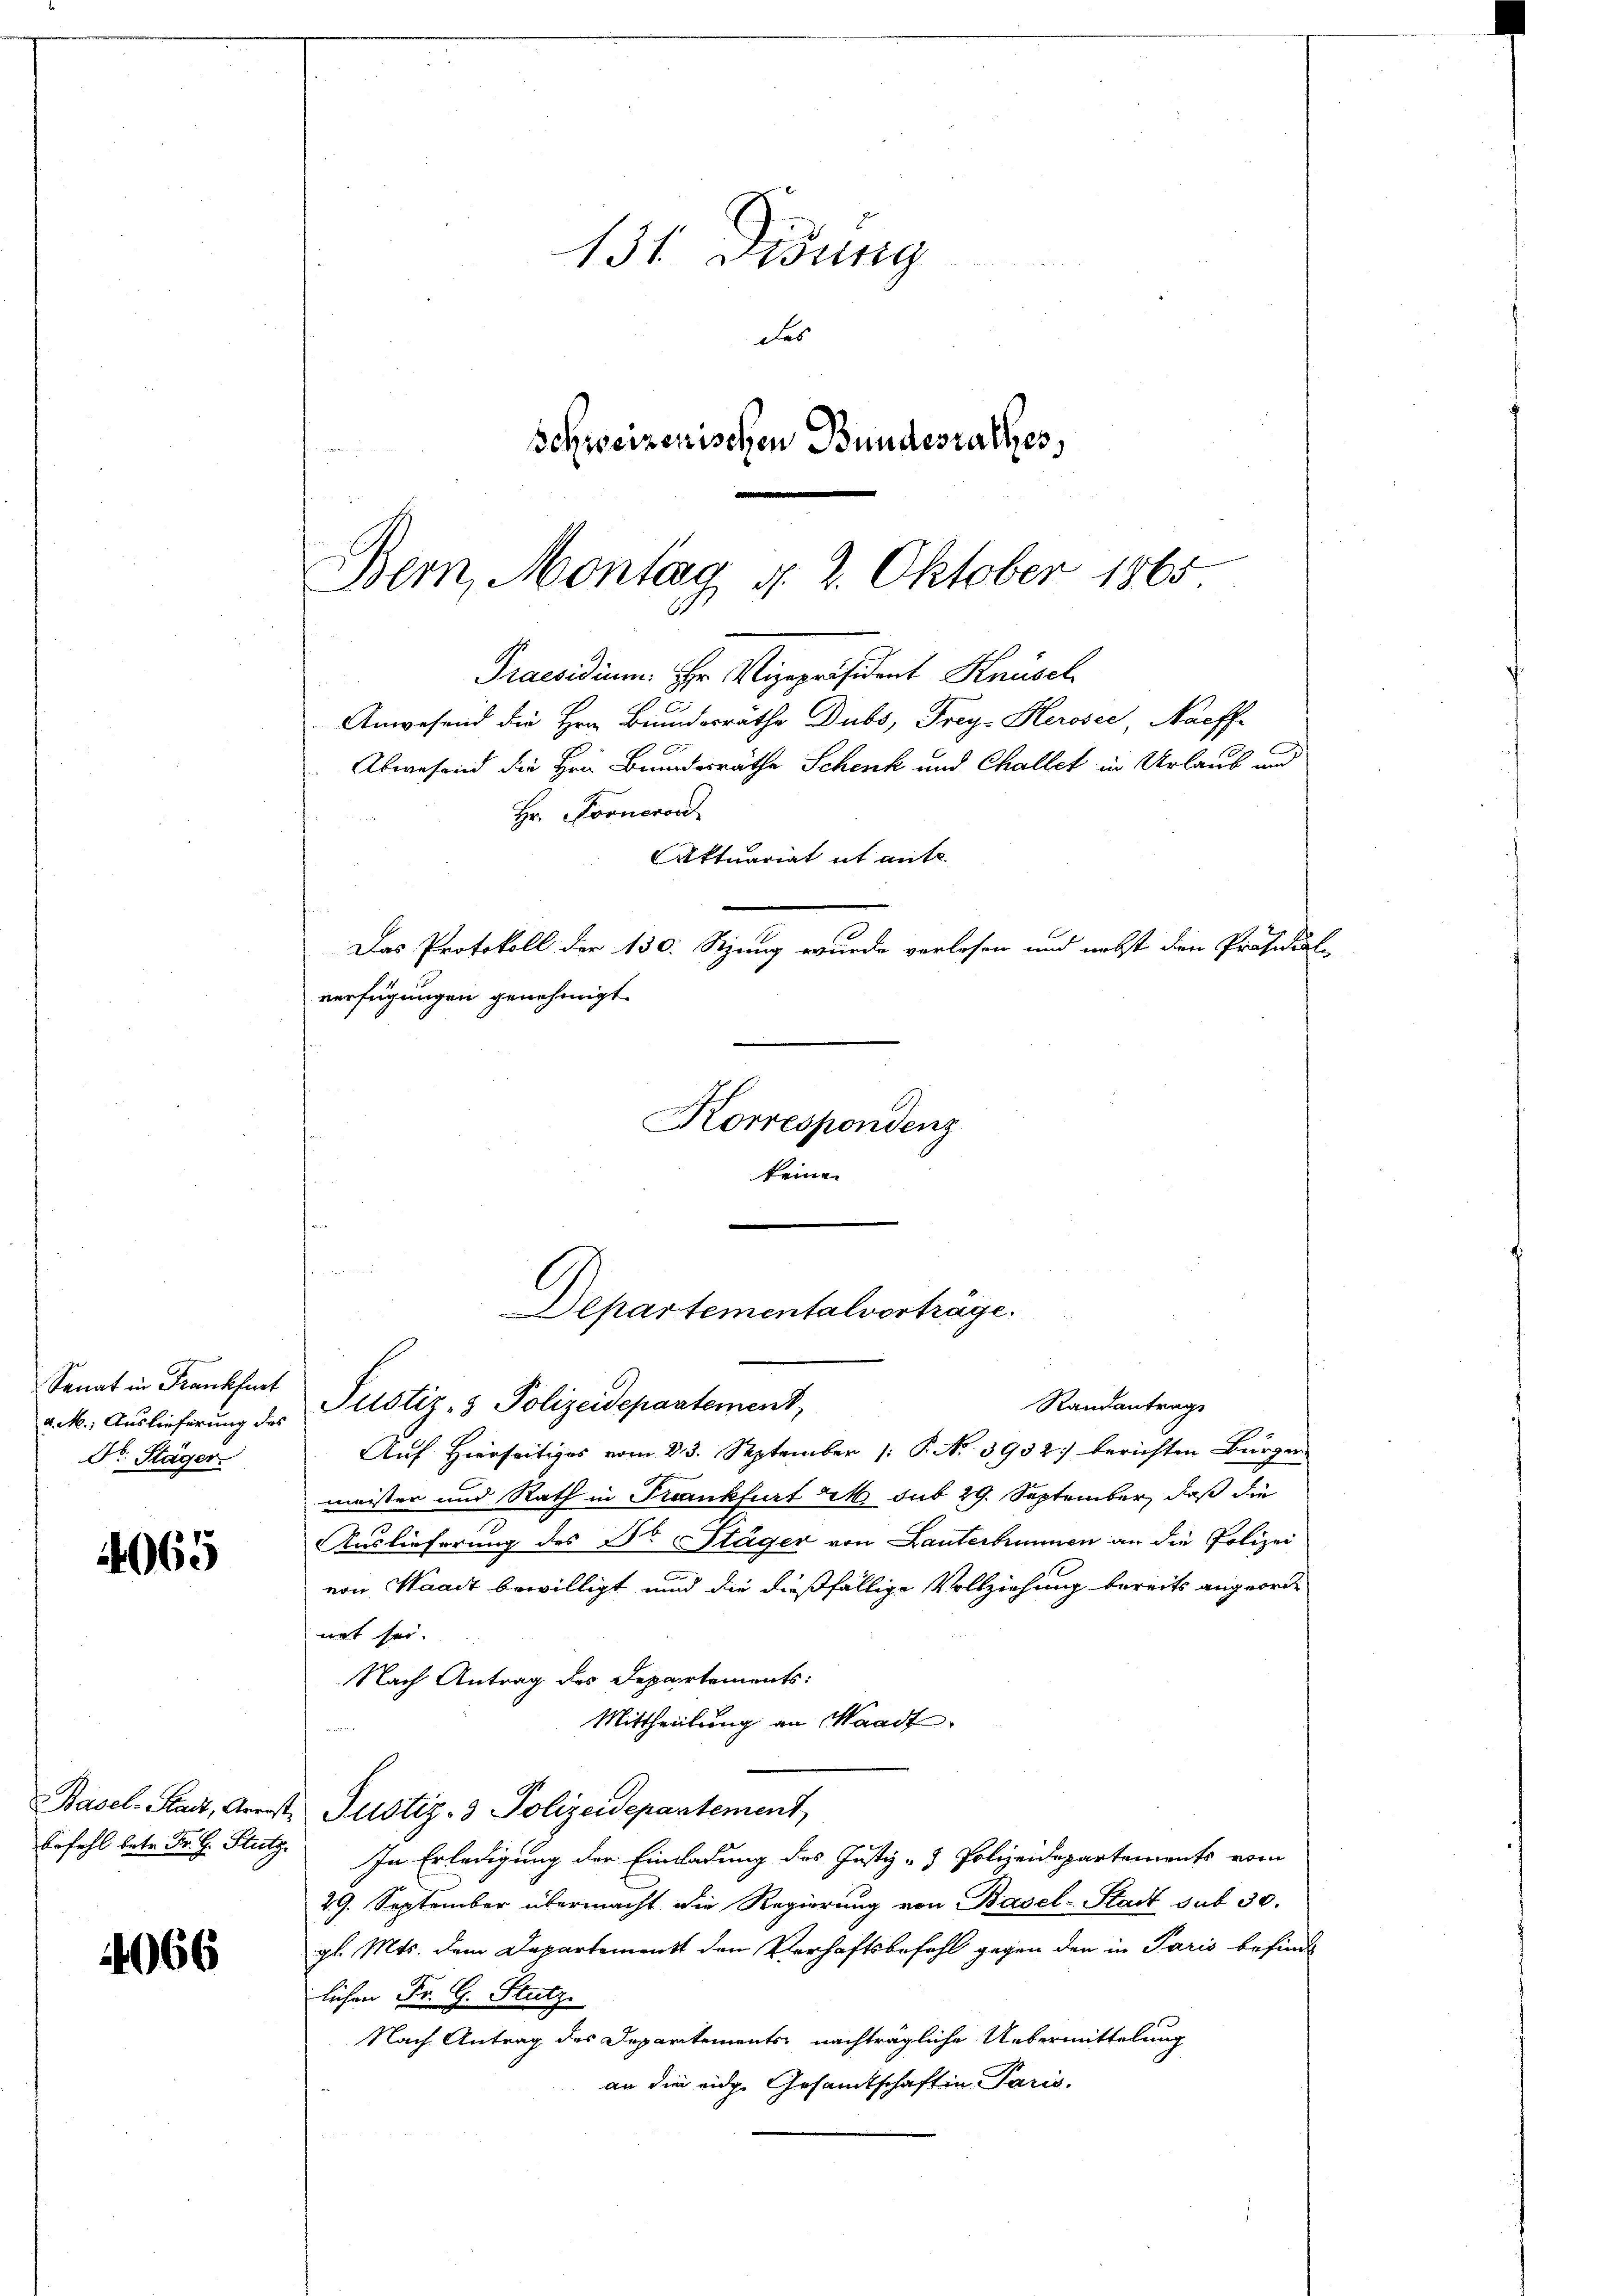
Senat in Frankfurt
Dr. Stäger

4065

131 Didung
des
Schweizerischen Bundesrathes,

Bern, Montag d. 2. Oktober 1865
Praesidium. Hr. Vizepräsident Knüsel

Anwesend die Hrn. Bundesräthe Dubs, Frey-Herosec Nachf
Abwesend die Hrn. Brundesräthe Schenk und Challet in Urlaub und
Hr. Kronerord
Aktuariat et ante.
Das Protokoll der 130. Stzung wurde verlesen und nebst den Präsidia
verfügungen genehmigt
Korrespondenz
keine
Randantrag
ack. Auslieferung des Pristiz- & Polizeidepartement,
Auf Hierseitiges vom 23. September 1 P. Nr. 3952) berichten Bürger
meister und Rath in Frankfurt M. sub 29. September, daß die
Auslieferung des Dr. Stäger von Lauterbrunnen an die Polizei
von Waadt bewilligt und die dießfällige Vollziehung bereits angeordnet sei.
Nach Antrag des Departements:
Mittheilung an Waadt
Basel-Stadt, Arreste Justiz- & Polizeidepartement,
befehl betr. Fr. H. Stutz. In Erledigung der Einladung des Justiz- & Polizeidepartements vom
29. September übermacht die Regierung von Basel-Stadt sub 30.
gl. Mts. dem Departement den Verhaftsbefehl gegen den in Paris befind
4066
lichen Fr. G. Stutz
Nach Antrag des Departements nachträgliche Uebermittelung
an die eige Gesamtschaft in Paris.

Departementalverträge.